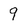
Character: 9